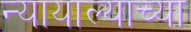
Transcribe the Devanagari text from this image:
न्यायाल्याच्या